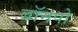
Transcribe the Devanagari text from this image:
बॉनपो